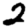
Digit: 2